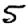
Digit: 5